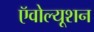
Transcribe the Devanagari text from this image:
ऍवोल्यूशन